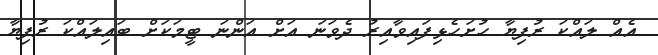
އެއް ލައްކަ ރުފިޔާ ހުށަހެޅިފައިވާއިރު ދެވަނަ އަށް އަންނަ ޓީމަކަށް ބައިލައްކަ ރުފިޔާ